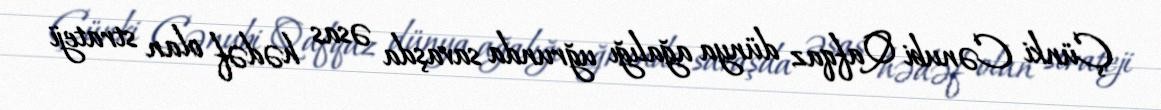
Çünki Cənubi Qafqaz dünya ağalığı uğrunda savaşda əsas hədəf olan strateji